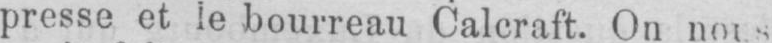
presse et le bourreau Calcraft. On nous